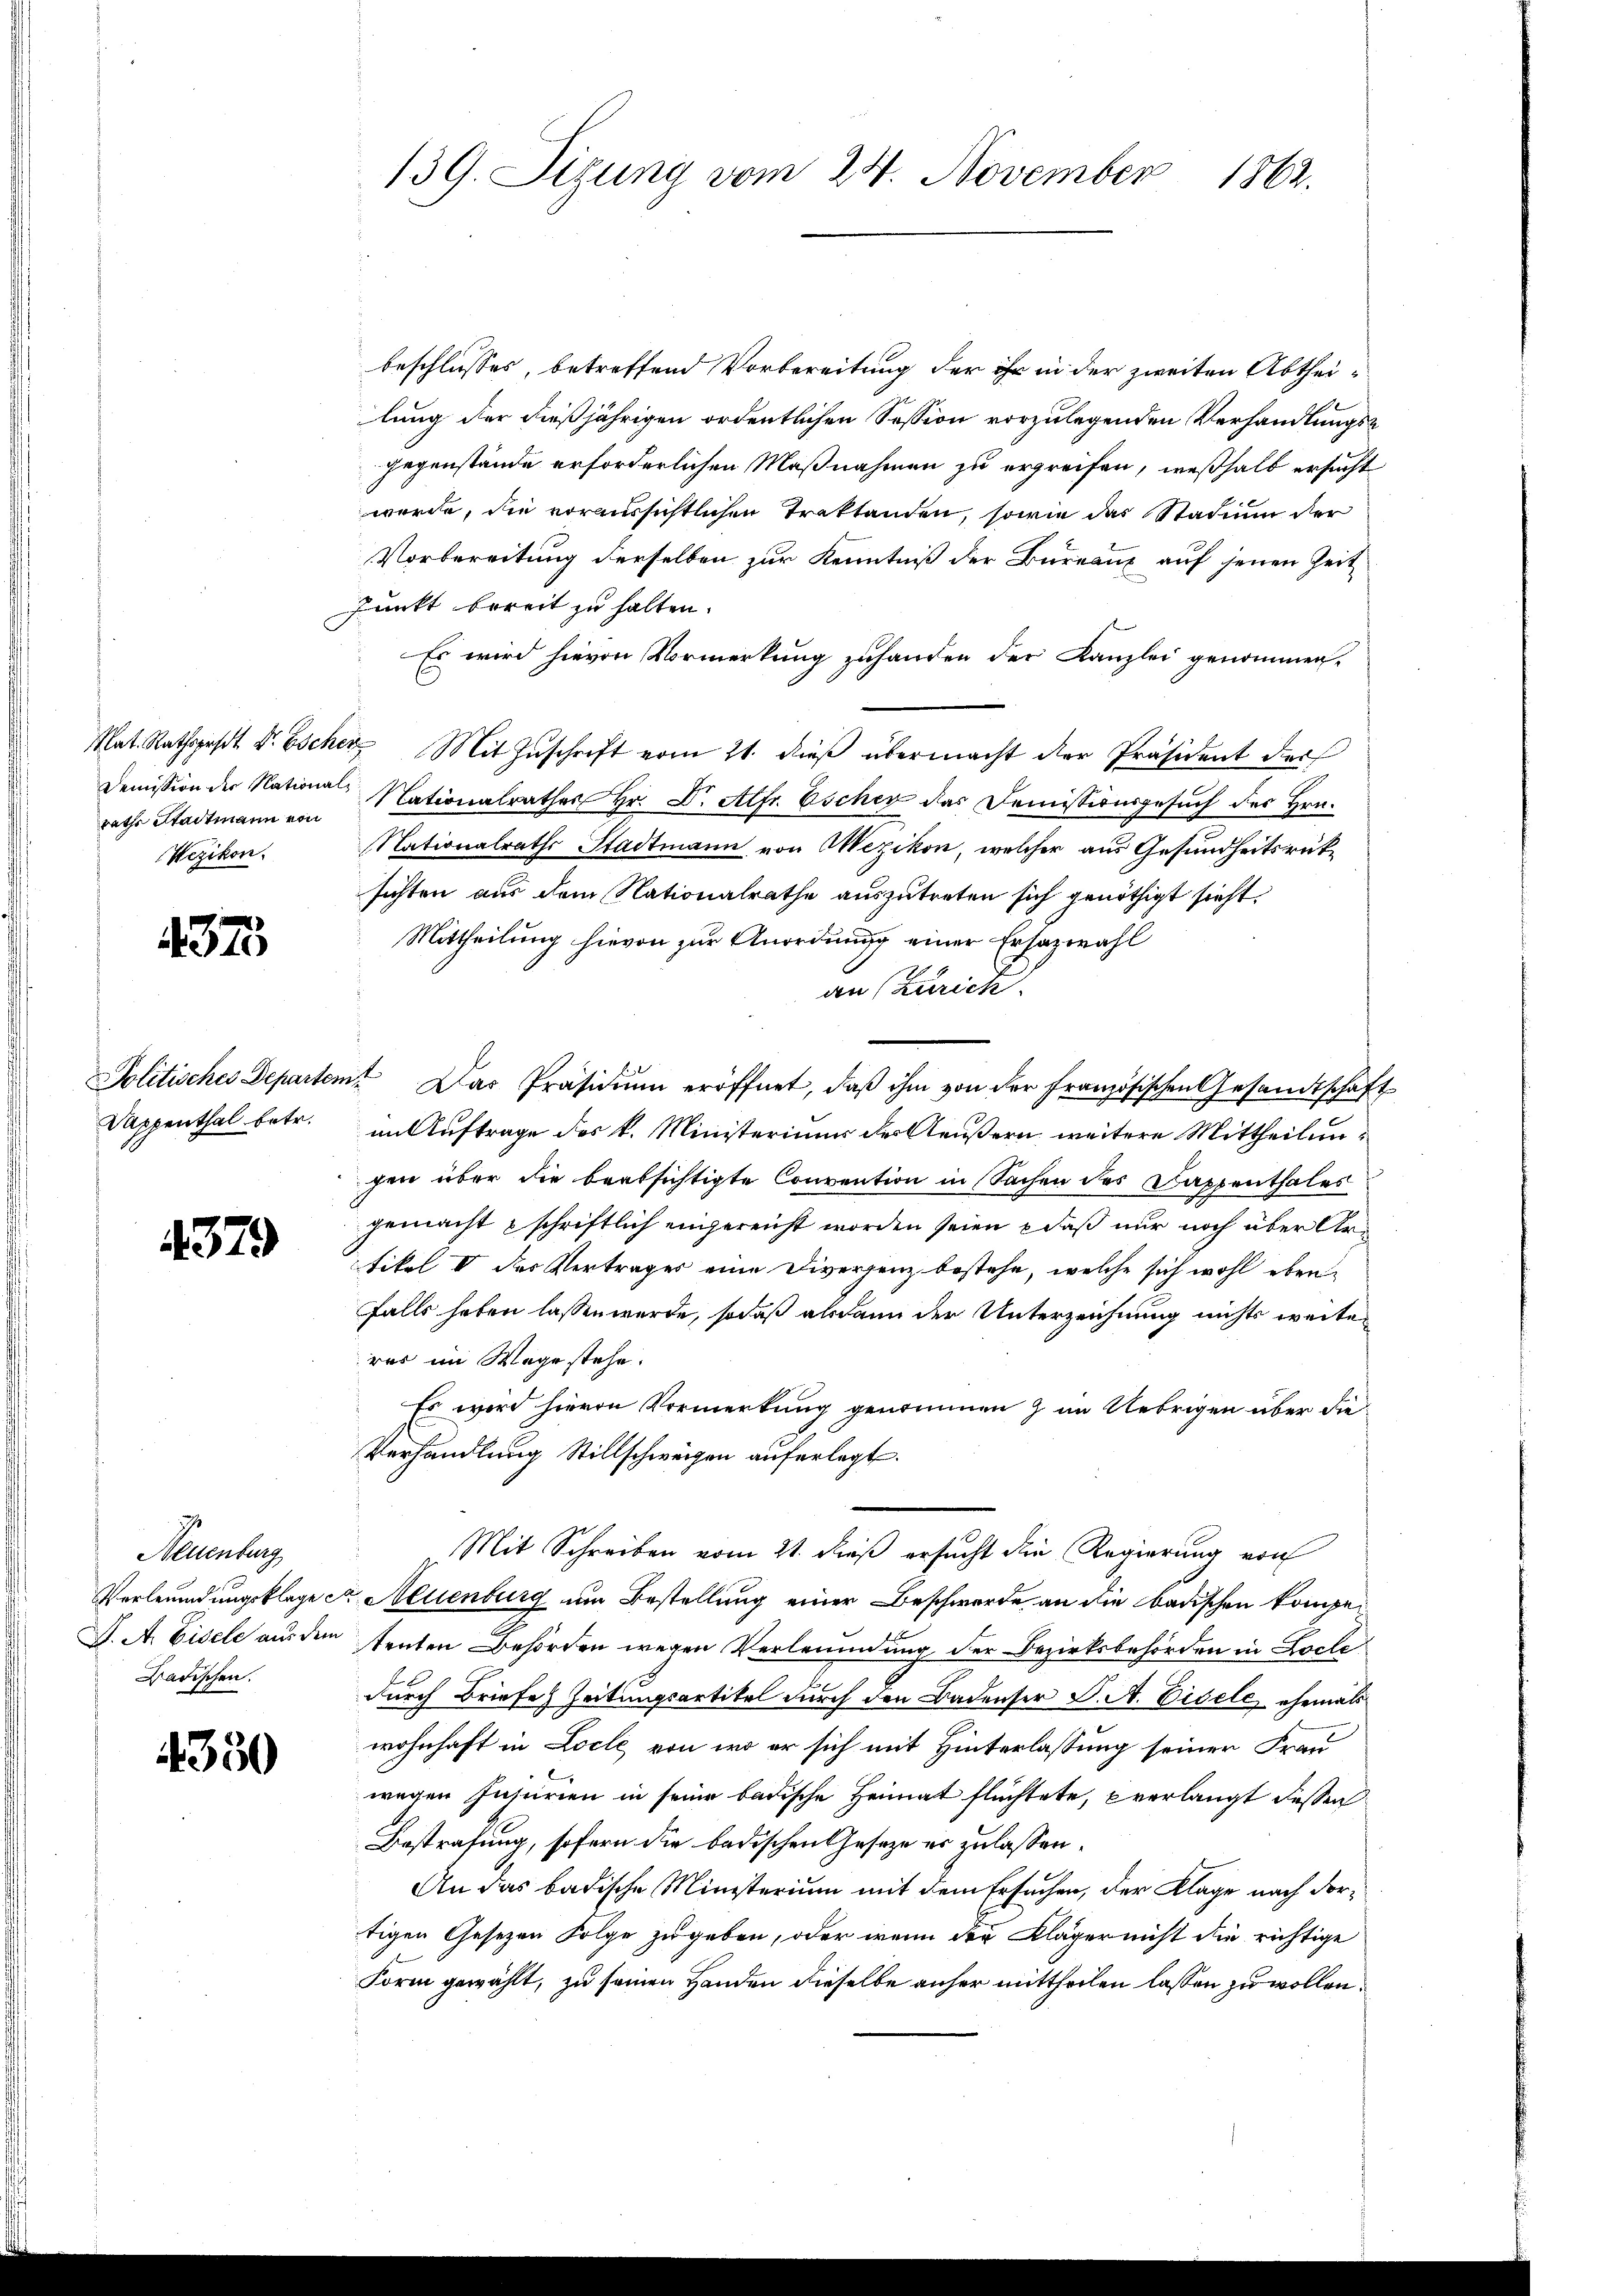
rathe Stadtmann von
Wezikon.

4375

Politisches Departen.
Sappenthal betr.

4379

Neuenburg
Verleumdungsklage
J. A. Eisele aus dem
Badischen.

4350

139. Sizung vom 24. November
1862.

beschlusses, betreffend Vorbereitung der ihr in der zweiten Abtheilung der dießjährigen ordentlichen Session vorzulegenden Verhandlungsgegenstände erforderlichen Maßnahmen zu ergreifen, weßhalb ersucht
werde, die voraussichtlichen Traktanden, sowie das Stadium der
Vorbereitung derselben zur Kenntniß der Bureaux auf jenen Zeit
Punkt bereit zu halten.
Es wird hievon Vormerkung zuhanden der Kanzlei genommen.
Nat. Rathspast Dr. Escherz Mit Zŭschrift vom 21. dieβ übermacht der Präsident der
Demission der National Nationalrathes Hr. Dr. Alfr. Escher das Demissionsgesuch des Hrn.
Nationalraths Stadtmann von Wezikon, welcher aus Gesundheitsrüksichten aus dem Nationalrathe auszutreten sich genöthigt sieht.
Mittheilung hievon zur Anordnung einer Ersatzwahl
an Zürich.
e. Das Präsidium eröffnet, daß ihm von der Französischen Gesandtschaft
miAuftrage des k. Ministerium der Aeußern, weitere Mittheilungen über die beabsichtigte Convention in Sachen des Dappenthales
gemacht schriftlich eingereicht worden seien, daß nur noch über Artikel V des Vertrages eine Divergenz bestehe, welche sich wohl ebenfalls haben lassen würde, sodaß alsdann der Unterzeichnung nichts weite
res im Wege stehe.
Es wird hievon Vormerkung genommen z. im Uebrigen über die
Verhandlung Stillschweigen auferlegt.
Mit Schreiben vom 21. dieß ersucht die Regierung von
r Neuenburg um Bestellung einer Beschwerde an die badischen kompetenten Behörden wegen Verleumdung der Bezirksbehörden in Loche
durch Briefe Zeitungsartikel durch den Badenser S. A. Eisele, ehemals
wohnhaft in Loche von wo er sich mit Hinterlassung seiner Frau
wegen Insurien in seine badische Heimat flüchtete, verlangt dessen
Bestrafung, sofern die badischen Gesetze er zulassen.
An das badische Ministerium mit dem Ersuchen, der Klage nach Fortigen Gesetzen Folge zugeben, oder wenn der Kläger nicht die richtige
Form gewählt, zu seinen Handen dieselbe anher mittheilen lassen zu wollen.